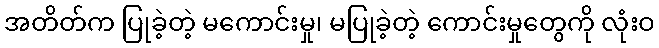
အတိတ်က ပြုခဲ့တဲ့ မကောင်းမှု၊ မပြုခဲ့တဲ့ ကောင်းမှုတွေကို လုံးဝ